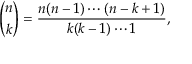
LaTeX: { \binom { n } { k } } = { \frac { n ( n - 1 ) \dotsb ( n - k + 1 ) } { k ( k - 1 ) \dotsb 1 } } ,